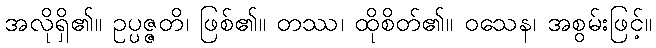
အလိုရှိ၏။ ဥပ္ပဇ္ဇတိ၊ ဖြစ်၏။ တဿ၊ ထိုစိတ်၏။ ဝသေန၊ အစွမ်းဖြင့်။